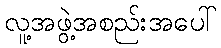
လူ့အဖွဲ့အစည်းအပေါ်